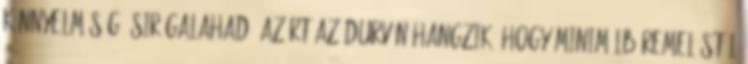
könnyelműség. Sir Galahad: Azért az durván hangzik, hogy minimálbéremeléstől